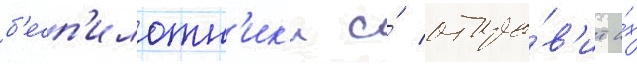
б'есп'илотн'ик'и и́ отпра́в'ит и́х